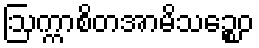
ဩက္ကာစိတအာမိသဉ္စေဝ